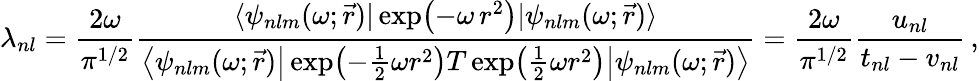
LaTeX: \lambda_{nl}=\frac{2\omega}{\pi^{1/2}}\frac{\langle\psi_{nlm}(\omega;\vec{r})|\exp\bigl(-\omega\, r^{2}\bigr)|\psi_{nlm}(\omega;\vec{r})\rangle}{\bigl\langle\psi_{nlm}(\omega;\vec{r})\big|\exp\bigl(-\frac{1}{2}\omega r^{2}\bigr)T\exp\bigl(\frac{1}{2}\omega r^{2}\bigr)\big|\psi_{nlm}(\omega;\vec{r})\bigr\rangle}=\frac{2\omega}{\pi^{1/2}}\frac{u_{nl}}{t_{nl}-v_{nl}}\, ,